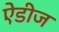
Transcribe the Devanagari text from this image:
ऐंडीज